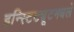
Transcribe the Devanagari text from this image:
इन्स्टिट्यूटमधले